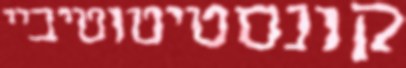
קונסטיטוטיביי